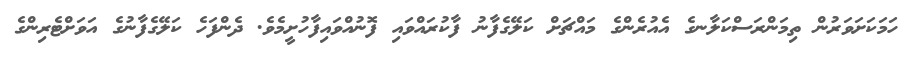
ހަމަކަށަވަރުން ތިމަންރަސްކަލާނގެ އެއުރެންގެ މައްޗަށް ކަލޭގެފާނު ފާކުރައްވައި ފޮނުއްވައިފާހުށީމެވެ. ދެންފަހެ ކަލޭގެފާނުގެ އަވަށްޓެރިންގެ